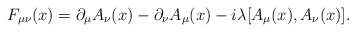
\begin{align*}F_{\mu\nu}(x)=\partial_\mu A_\nu(x)-\partial_\nu A_\mu(x)-i\lambda[A_\mu(x),A_\nu(x)].\end{align*}